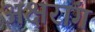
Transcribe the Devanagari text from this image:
अक्षरांग